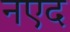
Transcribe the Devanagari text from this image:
नएद